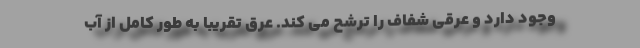
وجود دارد و عرقی شفاف را ترشح می کند. عرق تقریبا به طور کامل از آب